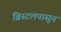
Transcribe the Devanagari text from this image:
ब्रिस्टलपासून